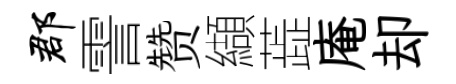
郡霅赞纈蕋庵却